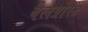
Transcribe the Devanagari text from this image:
वैलप्रोरेट